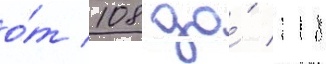
о́т 108 до́ 118